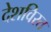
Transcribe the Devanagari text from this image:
देशविरत